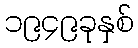
၁၉၄၉ခုနှစ်